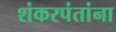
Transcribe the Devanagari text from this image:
शंकरपंतांना